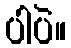
ပါပဲ။